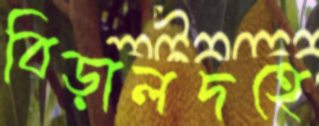
বিড়ালদহে